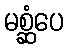
မစ္ဆံပေ